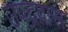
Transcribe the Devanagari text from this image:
उपद्रवास